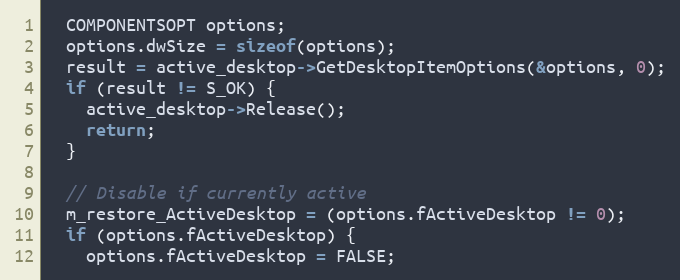
Language: C++
  COMPONENTSOPT options;
  options.dwSize = sizeof(options);
  result = active_desktop->GetDesktopItemOptions(&options, 0);
  if (result != S_OK) {
    active_desktop->Release();
    return;
  }

  // Disable if currently active
  m_restore_ActiveDesktop = (options.fActiveDesktop != 0);
  if (options.fActiveDesktop) {
    options.fActiveDesktop = FALSE;